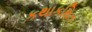
કથાકથિત